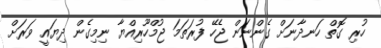
ހުރި ގޮތް ހަނދާނަށް ގެންނަން ޖެހޭ ފުރަތަމަ ޖުމްހޫރިއްޔާ ނިމިގެން ދިޔައީ ވަރަށް